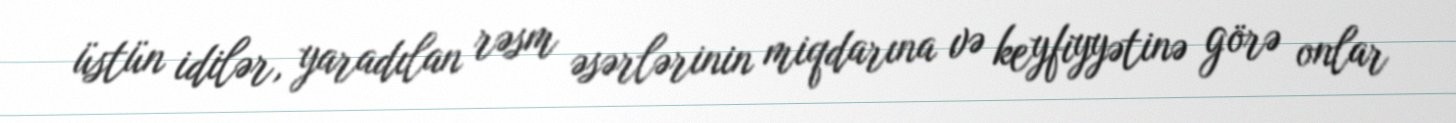
üstün idilər, yaradılan rəsm əsərlərinin miqdarına və keyfiyyətinə görə onlar